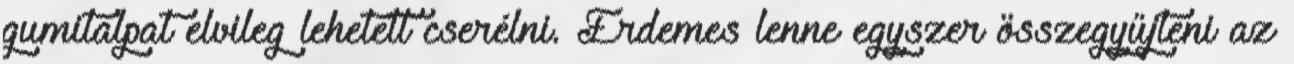
gumitalpat elvileg lehetett cserélni. Érdemes lenne egyszer összegyűjteni az